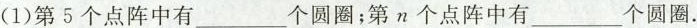
(1)第5个点阵中有___个圆圈；第n个点阵中有___个圆圈。